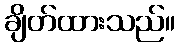
ချိတ်ထားသည်။